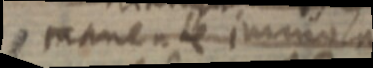
manente immun